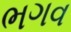
ભગવ